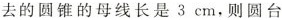
去的圆锥的母线长是3cm，则圆台